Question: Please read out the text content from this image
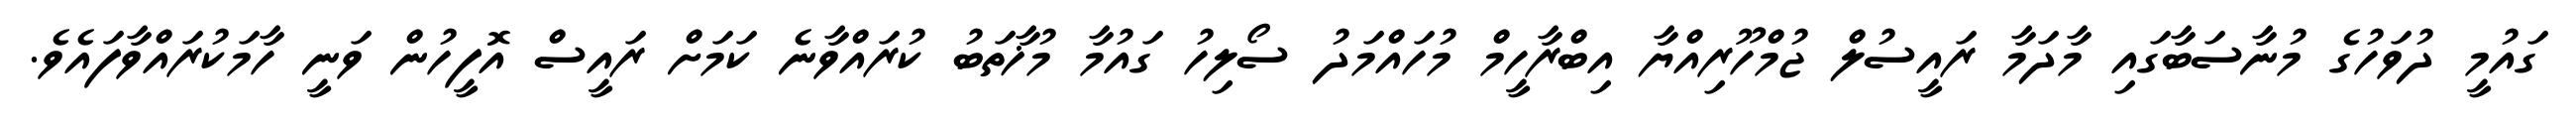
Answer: ގައުމީ ދުވަހުގެ މުނާސަބާގައި މާދަމާ ރައީސުލް ޖުމްހޫރިއްޔާ އިބްރާހީމް މުހައްމަދު ސޯލިހު ގައުމާ މުޚާތަބު ކުރައްވާނެ ކަމަށް ރައީސް އޮފީހުން ވަނީ ހާމަކުރައްވާފައެވެ.